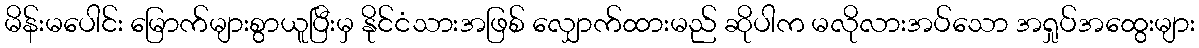
မိန်းမပေါင်း မြောက်များစွာယူပြီးမှ နိုင်ငံသားအဖြစ် လျှောက်ထားမည် ဆိုပါက မလိုလားအပ်သော အရှုပ်အထွေးများ